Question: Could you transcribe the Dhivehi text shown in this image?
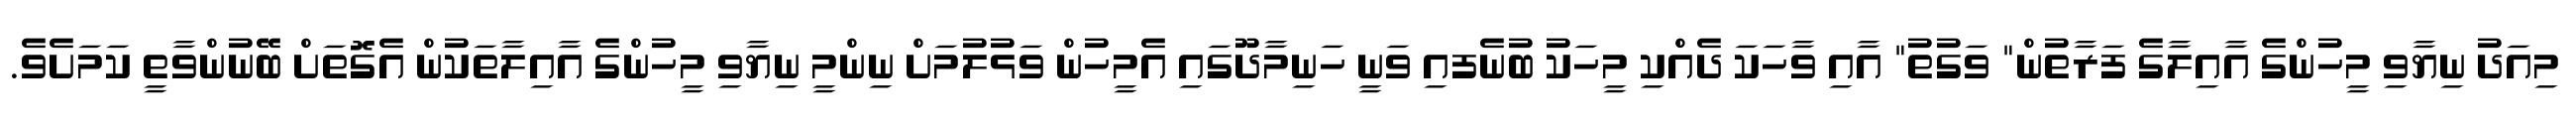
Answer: މިއަދު ނިޔާވި މީހުންގެ އާއިލާގެ ފަރާތުން" ވަގުތު" އާއި ވާހަކަ ދެއްކި މީހަކު ބުނެފއި ވަނީ ހަނިމާދޫގައި އެމީހުން ވަޅުލުމަށް ނިންމީ ނިޔާވި މީހުންގެ އާއިލާތަކުން އެގޮތަށް ބޭނުންވާތީ ކަމަށެވެ.